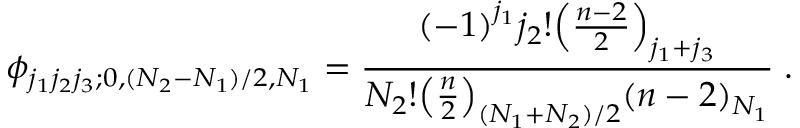
\phi _ { j _ { 1 } j _ { 2 } j _ { 3 } ; 0 , ( N _ { 2 } - N _ { 1 } ) / 2 , N _ { 1 } } = \frac { { ( - 1 ) } ^ { j _ { 1 } } j _ { 2 } ! { \left( \frac { n - 2 } { 2 } \right) } _ { j _ { 1 } + j _ { 3 } } } { N _ { 2 } ! { \left( \frac { n } { 2 } \right) } _ { ( N _ { 1 } + N _ { 2 } ) / 2 } { ( n - 2 ) } _ { N _ { 1 } } } \; .